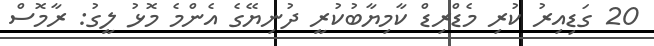
20 ގަޑިއިރު ކުރި މެޑްރިޑް ކާމިޔާބުކުރީ ދުނިޔޭގެ އެންމެ މޮޅު ލީގު: ރާމޮސް